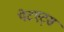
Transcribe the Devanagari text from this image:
पेटएट्स